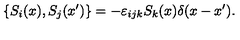
\{ S _ { i } ( x ) , S _ { j } ( x ^ { \prime } ) \} = - \varepsilon _ { i j k } S _ { k } ( x ) \delta ( x - x ^ { \prime } ) .